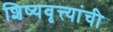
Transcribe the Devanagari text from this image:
शिष्यवृत्त्यांची